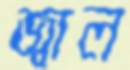
জ্বাল